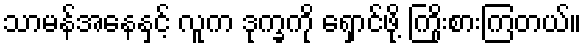
သာမန်အနေနှင့် လူက ဒုက္ခကို ရှောင်ဖို့ ကြိုးစားကြတယ်။